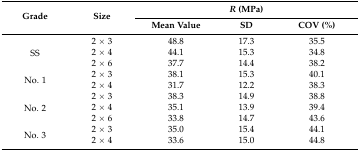
<table><thead><tr><td rowspan="2"><b>Grade</b></td><td rowspan="2"><b>Size</b></td><td colspan="3"><b><i>R</i> (MPa)</b></td></tr><tr><td><b>Mean Value</b></td><td><b>SD</b></td><td><b>COV (%)</b></td></tr></thead><tbody><tr><td rowspan="3">SS</td><td>2 × 3</td><td>48.8</td><td>17.3</td><td>35.5</td></tr><tr><td>2 × 4</td><td>44.1</td><td>15.3</td><td>34.8</td></tr><tr><td>2 × 6</td><td>37.7</td><td>14.4</td><td>38.2</td></tr><tr><td rowspan="2">No. 1</td><td>2 × 3</td><td>38.1</td><td>15.3</td><td>40.1</td></tr><tr><td>2 × 4</td><td>31.7</td><td>12.2</td><td>38.3</td></tr><tr><td rowspan="3">No. 2</td><td>2 × 3</td><td>38.3</td><td>14.9</td><td>38.8</td></tr><tr><td>2 × 4</td><td>35.1</td><td>13.9</td><td>39.4</td></tr><tr><td>2 × 6</td><td>33.8</td><td>14.7</td><td>43.6</td></tr><tr><td rowspan="2">No. 3</td><td>2 × 3</td><td>35.0</td><td>15.4</td><td>44.1</td></tr><tr><td>2 × 4</td><td>33.6</td><td>15.0</td><td>44.8</td></tr></tbody></table>